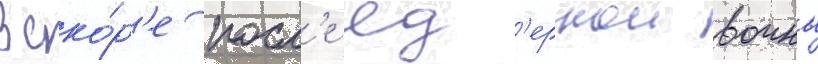
Вско́р'е посл'е яд'ернои воины